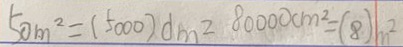
5 0 m ^ { 2 } = ( 5 0 0 0 ) d m ^ { 2 } 8 0 0 0 0 c m ^ { 2 } = ( 8 ) m ^ { 2 }